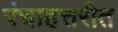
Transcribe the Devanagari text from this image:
पंचाहत्तरीत